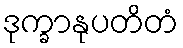
ဒုက္ခာနုပတိတံ